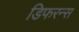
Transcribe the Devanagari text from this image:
डिफरन्स